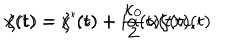
LaTeX: x ( t ) = x ^ { \prime } ( t ) + i \alpha ( t ) \zeta ( t ) , \hspace { 1 . 5 c m } \zeta ( t ) = \zeta ^ { \prime } ( t ) + \frac { \kappa _ { 0 } } { 2 } \alpha ( t ) \dot { x } ( t )